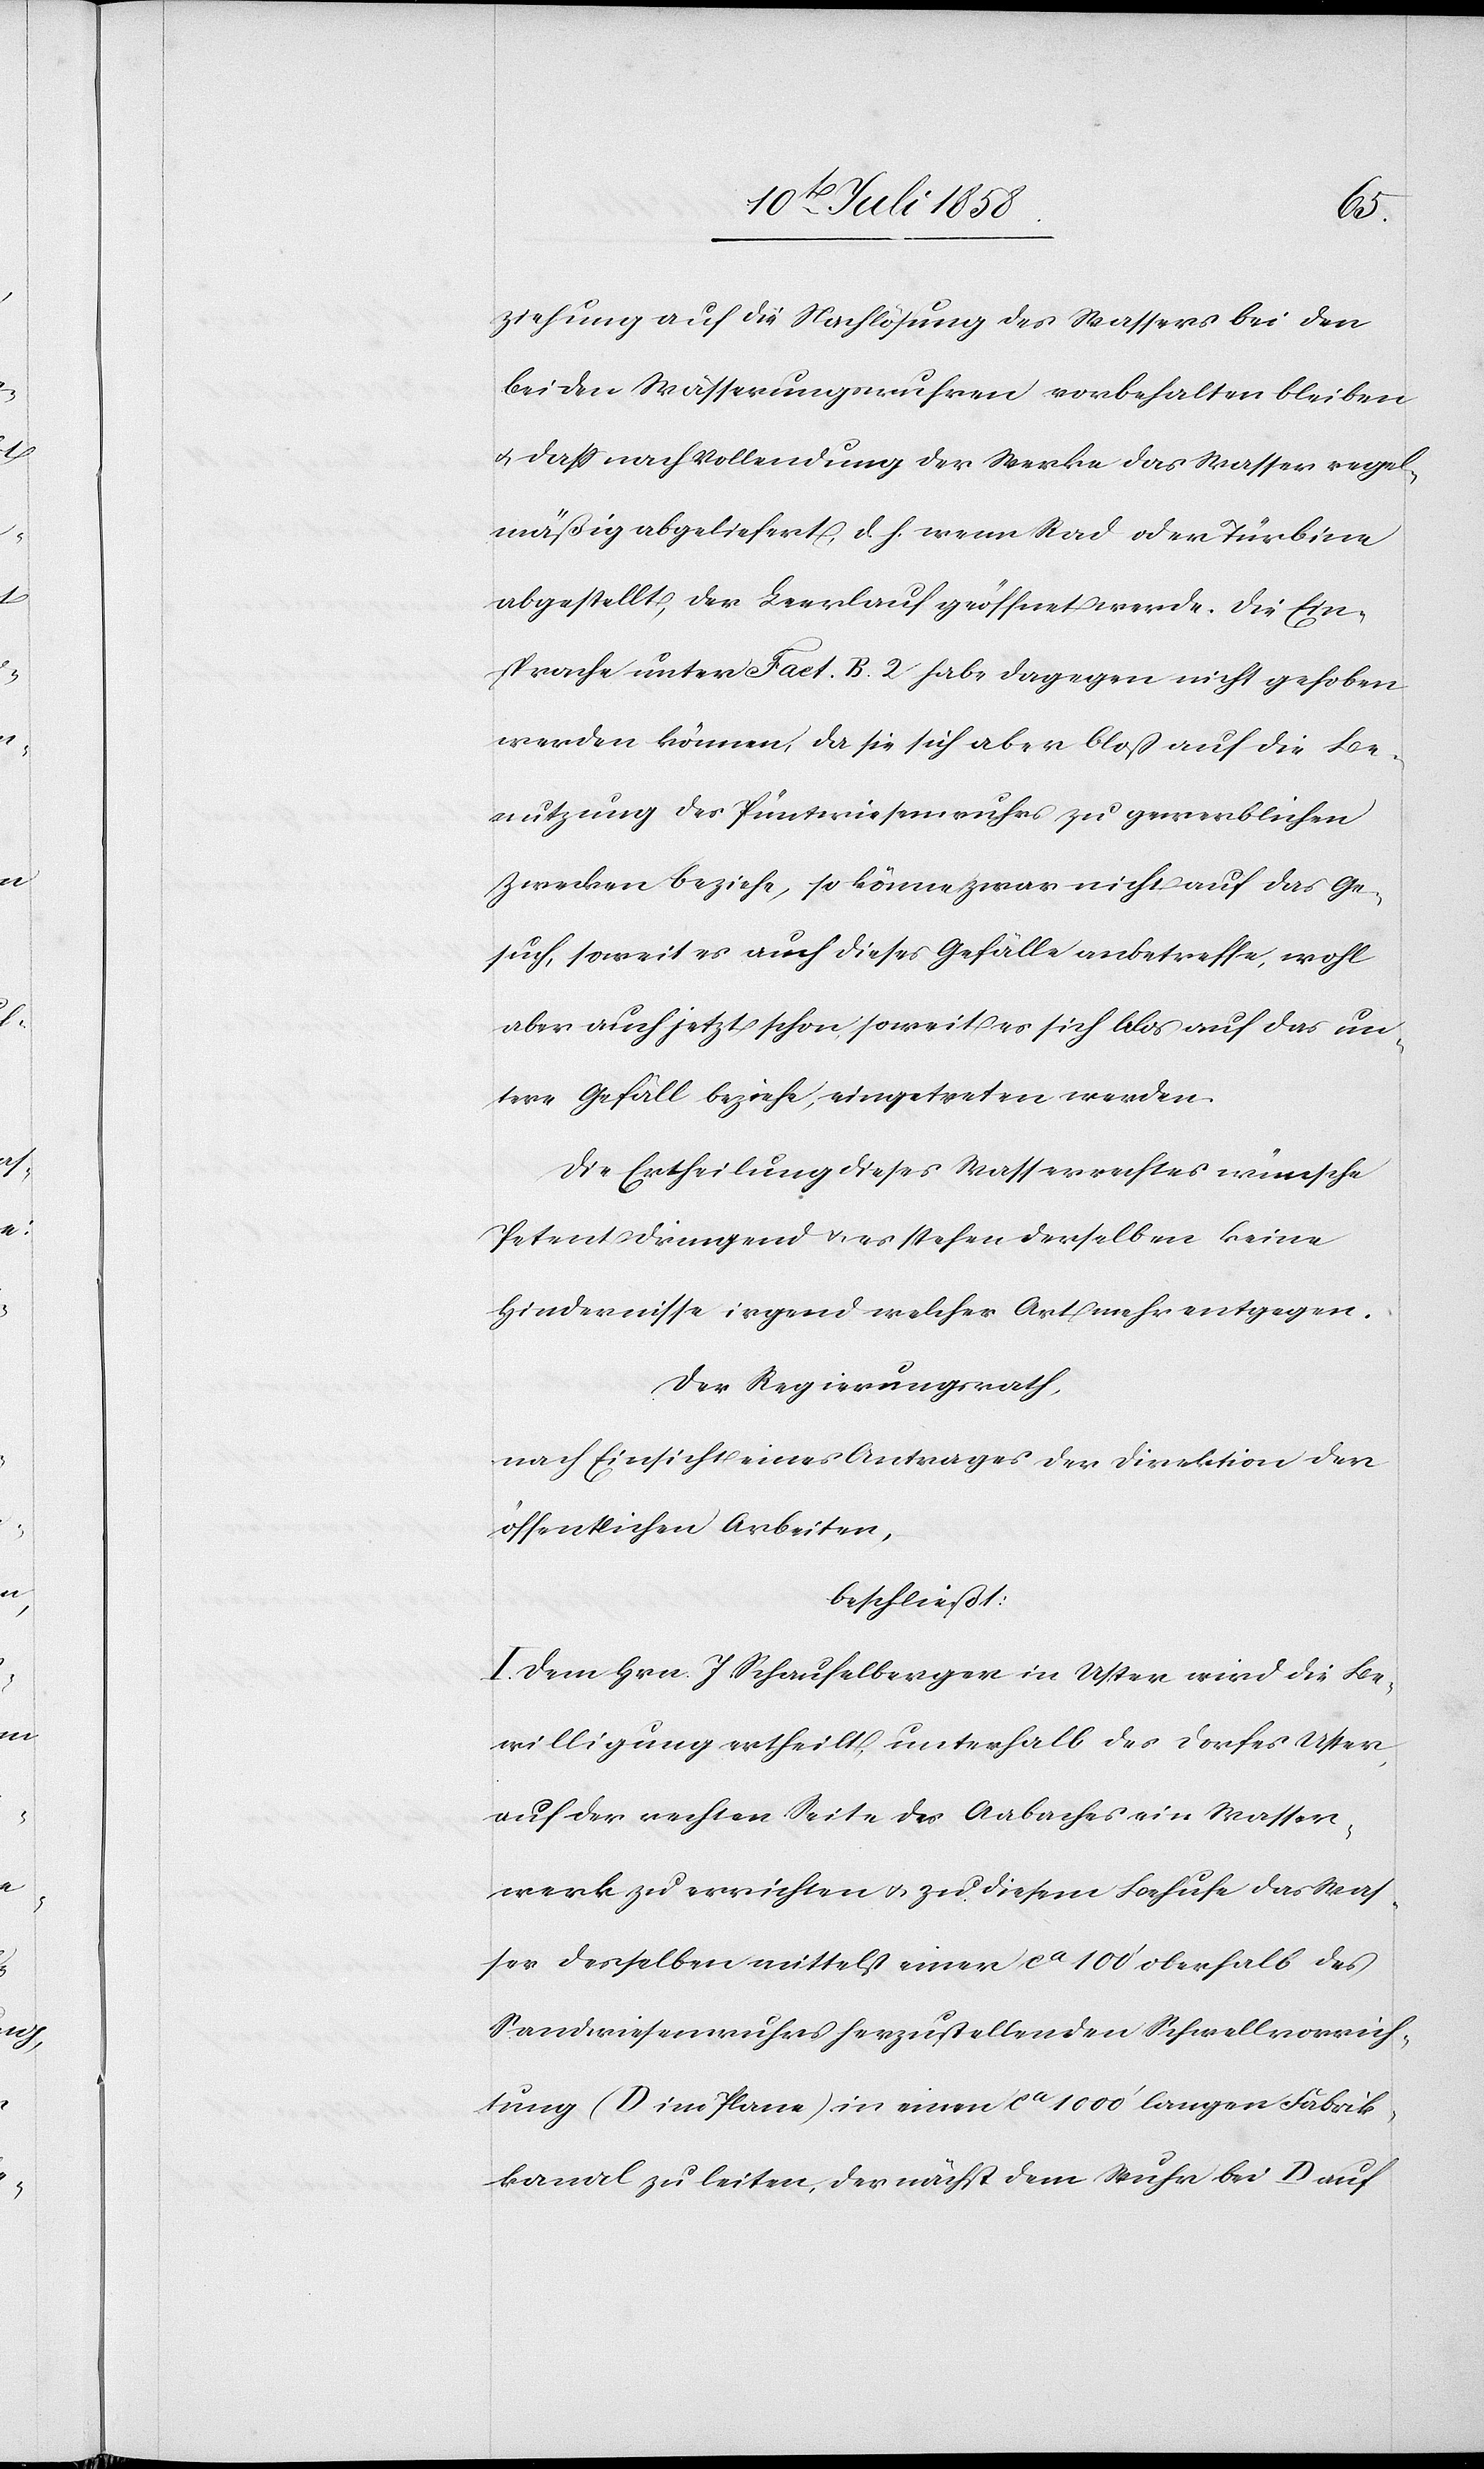
ziehung auf die Nachlösung des Wassers bei den
beiden Wässerungswuhren vorbehalten bleiben
& dass nach Vollendung der Werke das Wasser regel¬
mäßig abgeliefert, d. h. wenn Rad oder Türbine
abgestellt, der Leerlauf geöffnet werde. Die Ein¬
sprache unter Fact. B. 2 habe dagegen nicht gehoben
werden können, da sie sich aber bloß auf die Be¬
nutzung des Püntwiesenwuhrs zu gewerblichen
Zwecken beziehe, so könne zwar nicht auf das Ge¬
such, soweit es auch dieses Gefälle anbetreffe, wohl
aber auch jetzt schon, soweit es sich blos auf das un¬
tere Gefäll beziehe, eingetreten werden.
Die Ertheilung dieses Wasserrechtes wünsche
Petent dringend & es stehen derselben keine
Hindernisse irgend welcher Art mehr entgegen.
Der Regierungsrath,
nach Einsicht eines Antrages der Direktion der
öffentlichen Arbeiten,
beschließt:
I. Dem Hrn J. Schaufelberger in Uster wird die Be¬
willigung ertheilt, unterhalb des Dorfes Uster,
auf der rechten Seite des Aabaches ein Wasser¬
werk zu errichten & zu diesem Behufe das Was¬
ser desselben mittelst einer ca 100‘ oberhalb des
Sandwiesenwuhrs herzustellenden Schwellvorrich¬
tung (D im Plane) in einen ca 1000‘ langen Fabrik¬
kanal zu leiten, der nächst dem Wuhr bei D auf